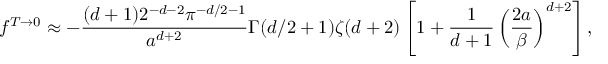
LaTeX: f ^ { T \to 0 } \approx - { \frac { ( d + 1 ) 2 ^ { - d - 2 } \pi ^ { - d / 2 - 1 } } { a ^ { d + 2 } } } \Gamma ( d / 2 + 1 ) \zeta ( d + 2 ) \left[ 1 + { \frac { 1 } { d + 1 } } \left( \frac { 2 a } { \beta } \right) ^ { d + 2 } \right] ,